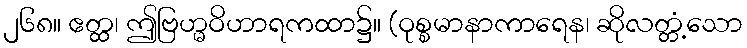
၂၆၈။ ဧတ္ထ၊ ဤဗြဟ္မဝိဟာရကထာ၌။ (ဝုစ္စမာနာကာရေန၊ ဆိုလတ္တံ့သော